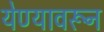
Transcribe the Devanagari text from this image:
येण्यावरून